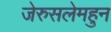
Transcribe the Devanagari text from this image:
जेरुसलेमहुन